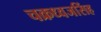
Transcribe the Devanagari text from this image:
चक्रध्वजसिंह